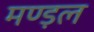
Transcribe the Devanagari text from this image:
मण्ड़ल